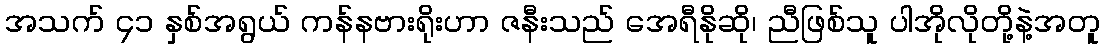
အသက် ၄၁ နှစ်အရွယ် ကန်နဗားရိုးဟာ ဇနီးသည် အေရီနိုဆို၊ ညီဖြစ်သူ ပါအိုလိုတို့နဲ့အတူ